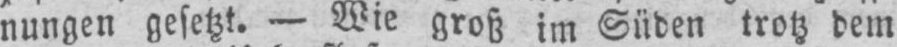
nungen gesetzt. - Wie groß im Süden trotz dem